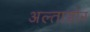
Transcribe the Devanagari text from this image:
अल्ताडोर